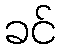
ခင်